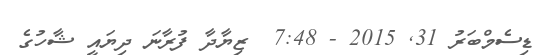
ޑިސެމްބަރު 31